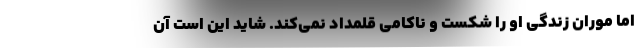
اما موران زندگی او را شکست و ناکامی قلمداد نمی‌کند. شاید این است آن